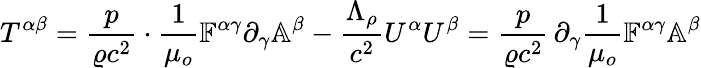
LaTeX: T^{\alpha\beta}=\frac{p}{\varrho c^{2}}\cdot\frac{1}{\mu_{o}}\mathbb{F}^{\alpha\gamma}\partial_{\gamma}\mathbb{A}^{\beta}-\frac{\Lambda_{\rho}}{c^{2}}U^{\alpha}U^{\beta}=\frac{p}{\varrho c^{2}}\, \partial_{\gamma}\frac{1}{\mu_{o}}\mathbb{F}^{\alpha\gamma}\mathbb{A}^{\beta}